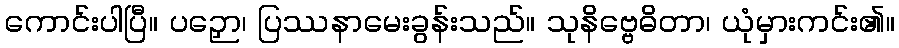
ကောင်းပါပြီ။ ပဉှော၊ ပြဿနာမေးခွန်းသည်။ သုနိဗ္ဗေဓိတာ၊ ယုံမှားကင်း၏။